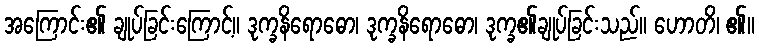
အကြောင်း၏ ချုပ်ခြင်းကြောင့်။ ဒုက္ခနိရောဓော၊ ဒုက္ခနိရောဓော၊ ဒုက္ခ၏ချုပ်ခြင်းသည်။ ဟောတိ၊ ၏။